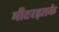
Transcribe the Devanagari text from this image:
मीटरइतके